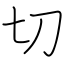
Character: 切